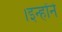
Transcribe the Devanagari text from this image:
।इन्हाेंने